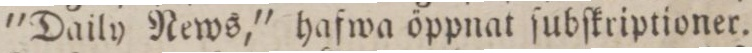
”Daily News,” hafwa öppnat ſubſkriptioner.